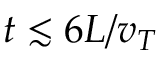
t \lesssim 6 L / v _ { T }